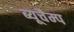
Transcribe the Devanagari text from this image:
ब्यूचैम्प